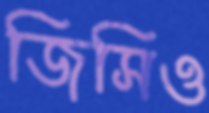
জিসিও